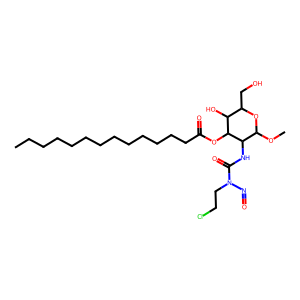
SMILES: CCCCCCCCCCCCCC(=O)OC1C(O)C(CO)OC(OC)C1NC(=O)N(CCCl)N=O
Inhibits HIV replication: No